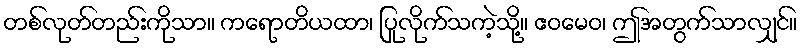
တစ်လုတ်တည်းကိုသာ။ ကရောတိယထာ၊ ပြုလိုက်သကဲ့သို့။ ဧဝမေဝ၊ ဤအတွက်သာလျှင်။